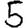
Digit: 5